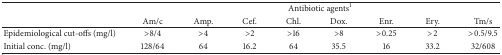
<table><thead><tr><td rowspan="2"><b> </b></td><td colspan="8"><b>Antibiotic agents<sup>1</sup></b></td></tr><tr><td><b>Am/c</b></td><td><b>Amp.</b></td><td><b>Cef.</b></td><td><b>Chl.</b></td><td><b>Dox.</b></td><td><b>Enr.</b></td><td><b>Ery.</b></td><td><b>Tm/s</b></td></tr></thead><tbody><tr><td>Epidemiological cut-offs (mg/l)</td><td>&gt;8/4</td><td>&gt;4</td><td>&gt;2</td><td>&gt;16</td><td>&gt;8</td><td>&gt;0.25</td><td>&gt;2</td><td>&gt;0.5/9.5</td></tr><tr><td>Initial conc. (mg/l)</td><td>128/64</td><td>64</td><td>16.2</td><td>64</td><td>35.5</td><td>16</td><td>33.2</td><td>32/608</td></tr></tbody></table>